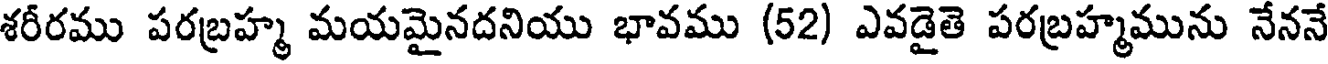
శరీరము పరబ్రహ్మ మయమైనదనియు భావము (52) ఎవడైతె పరబ్రహ్మమును నేననే